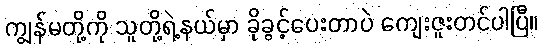
ကျွန်မတို့ကို သူတို့ရဲ့နယ်မှာ ခိုခွင့်ပေးတာပဲ ကျေးဇူးတင်ပါပြီ။